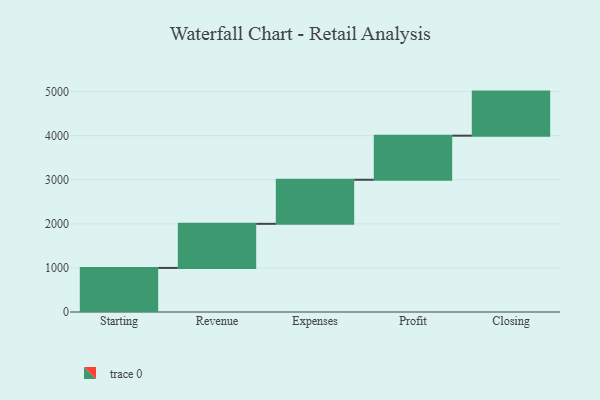
{"axis": {"x": "Step", "y": "Value"}, "legend": [""], "data": [{"x": "Starting", "y": 1000, "type": ""}, {"x": "Revenue", "y": 1000, "type": ""}, {"x": "Expenses", "y": 1000, "type": ""}, {"x": "Profit", "y": 1000, "type": ""}, {"x": "Closing", "y": 1000, "type": ""}]}